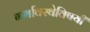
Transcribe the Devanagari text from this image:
गर्भावस्थेविषयी